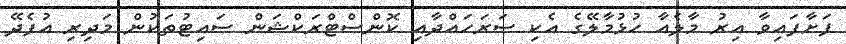
ފަށާފައިވާ އިރު މާލެއާ ހުޅުމާލޭގެ އެކި ސަރަހައްދާއި ކޮންސްޓްރަކްޝަން ސައިޓުތަކުން މަދިރި އުފެދޭ